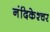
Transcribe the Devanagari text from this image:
नंदिकेश्चर